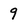
Character: 9